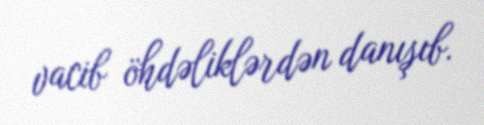
vacib öhdəliklərdən danışıb.